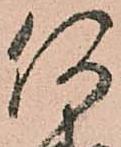
何